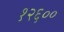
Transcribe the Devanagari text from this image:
१२६००